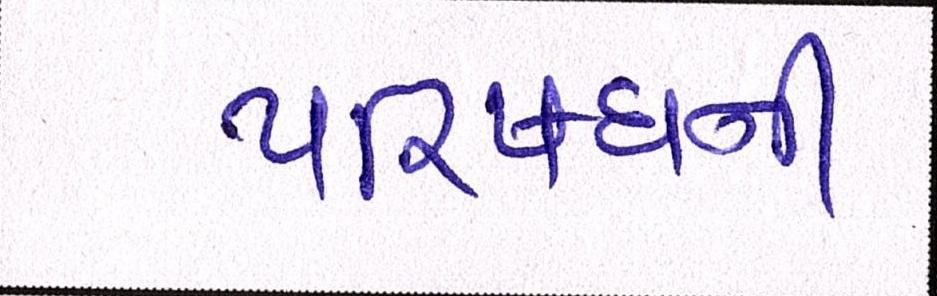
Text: પરિષધની